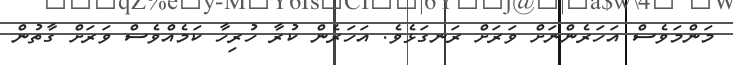
މަންމަވެސް އަހަރެންނަށް ވަރަށް ރަނގަޅެވެ. އަހަރެން ކުރާ ހުރިހާ ކަމެއްވެސް ވަރަށް ގާތުން